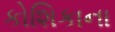
કોશિકાના